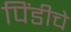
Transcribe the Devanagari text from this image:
पिंडीचे